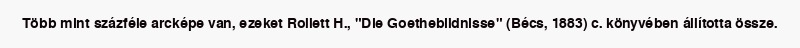
Több mint százféle arcképe van, ezeket Rollett H., "Die Goethebildnisse" (Bécs, 1883) c. könyvében állította össze.